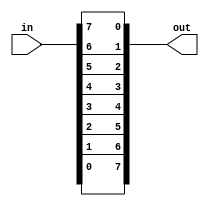
module top_module( 
    input [7:0] in,
    output [7:0] out
);

    assign out = {in[0],in[1],in[2],in[3],in[4],in[5],in[6],in[7]};
//  second way
//int i;
//always@(*)begin
//    for(i = 0; i<= 7 ; i++)begin
//          out[7-i] = in[i];
//    end
//end
    
endmodule